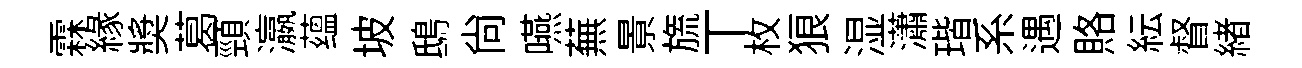
霖緣奬葛頸瀛蕴坡鴟尙嚥蕪㬌旒丅枚狼湿瀟瑎系遇賂紜督緖